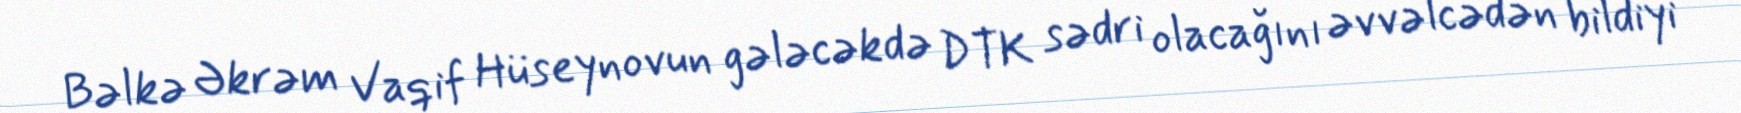
Bəlkə Əkrəm Vaqif Hüseynovun gələcəkdə DTK sədri olacağını əvvəlcədən bildiyi